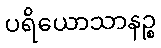
ပရိယောသာနဉ္စ